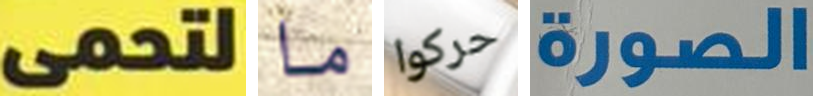
لتحمى ما حركوا الصورة